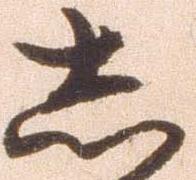
し